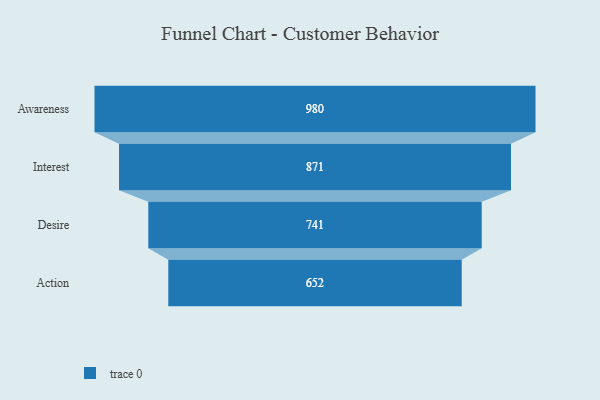
{"axis": {"x": "Stage", "y": "Value"}, "legend": [""], "data": [{"x": "Awareness", "y": 980.0, "type": ""}, {"x": "Interest", "y": 871.0, "type": ""}, {"x": "Desire", "y": 741.0, "type": ""}, {"x": "Action", "y": 652.0, "type": ""}]}